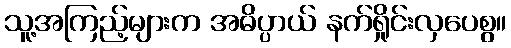
သူ့အကြည့်များက အဓိပ္ပာယ် နက်ရှိုင်းလှပေစွ။